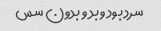
سرد بود و بد و بدون سس